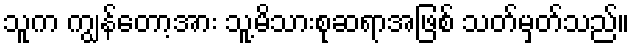
သူက ကျွန်တော့အား သူ့မိသားစုဆရာအဖြစ် သတ်မှတ်သည်။